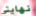
نهايتي